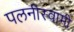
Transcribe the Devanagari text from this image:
पलनीस्वामी